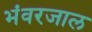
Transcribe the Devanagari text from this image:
भंवरजाल